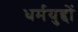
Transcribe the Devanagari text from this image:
धर्मयुद्दों